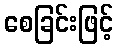
စေခြင်းဖြင့်